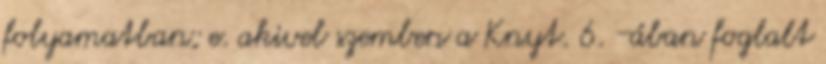
folyamatban; e. akivel szemben a Knyt. 6. -ában foglalt